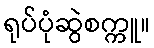
ရုပ်ပုံဆွဲစက္ကူ။